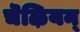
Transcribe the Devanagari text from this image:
चॆऴियन्